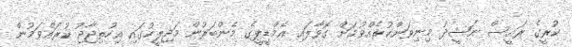
ކުރީގެ ރައީސް ނަޝީދު މިނިވަންކުރެއްވުމަށް ގޮވާލައި އެމްޑީޕީގެ މެންބަރުން މަޖިލީހުގައި އިހުތިޖާޖު ކުރައްވަމުން